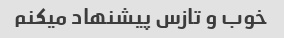
خوب و تازس پیشنهاد میکنم